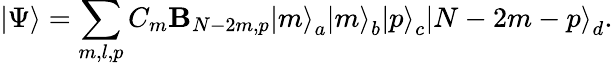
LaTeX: \left|\Psi\right>=\sum_{m,l,p}C_{m}\mathbf{B}_{N-2m,p}\left|m\right>_{a}\left|m\right>_{b}\left|p\right>_{c}\left|N-2m-p\right>_{d}.